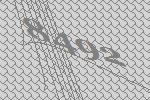
8492